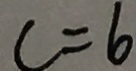
c = 6